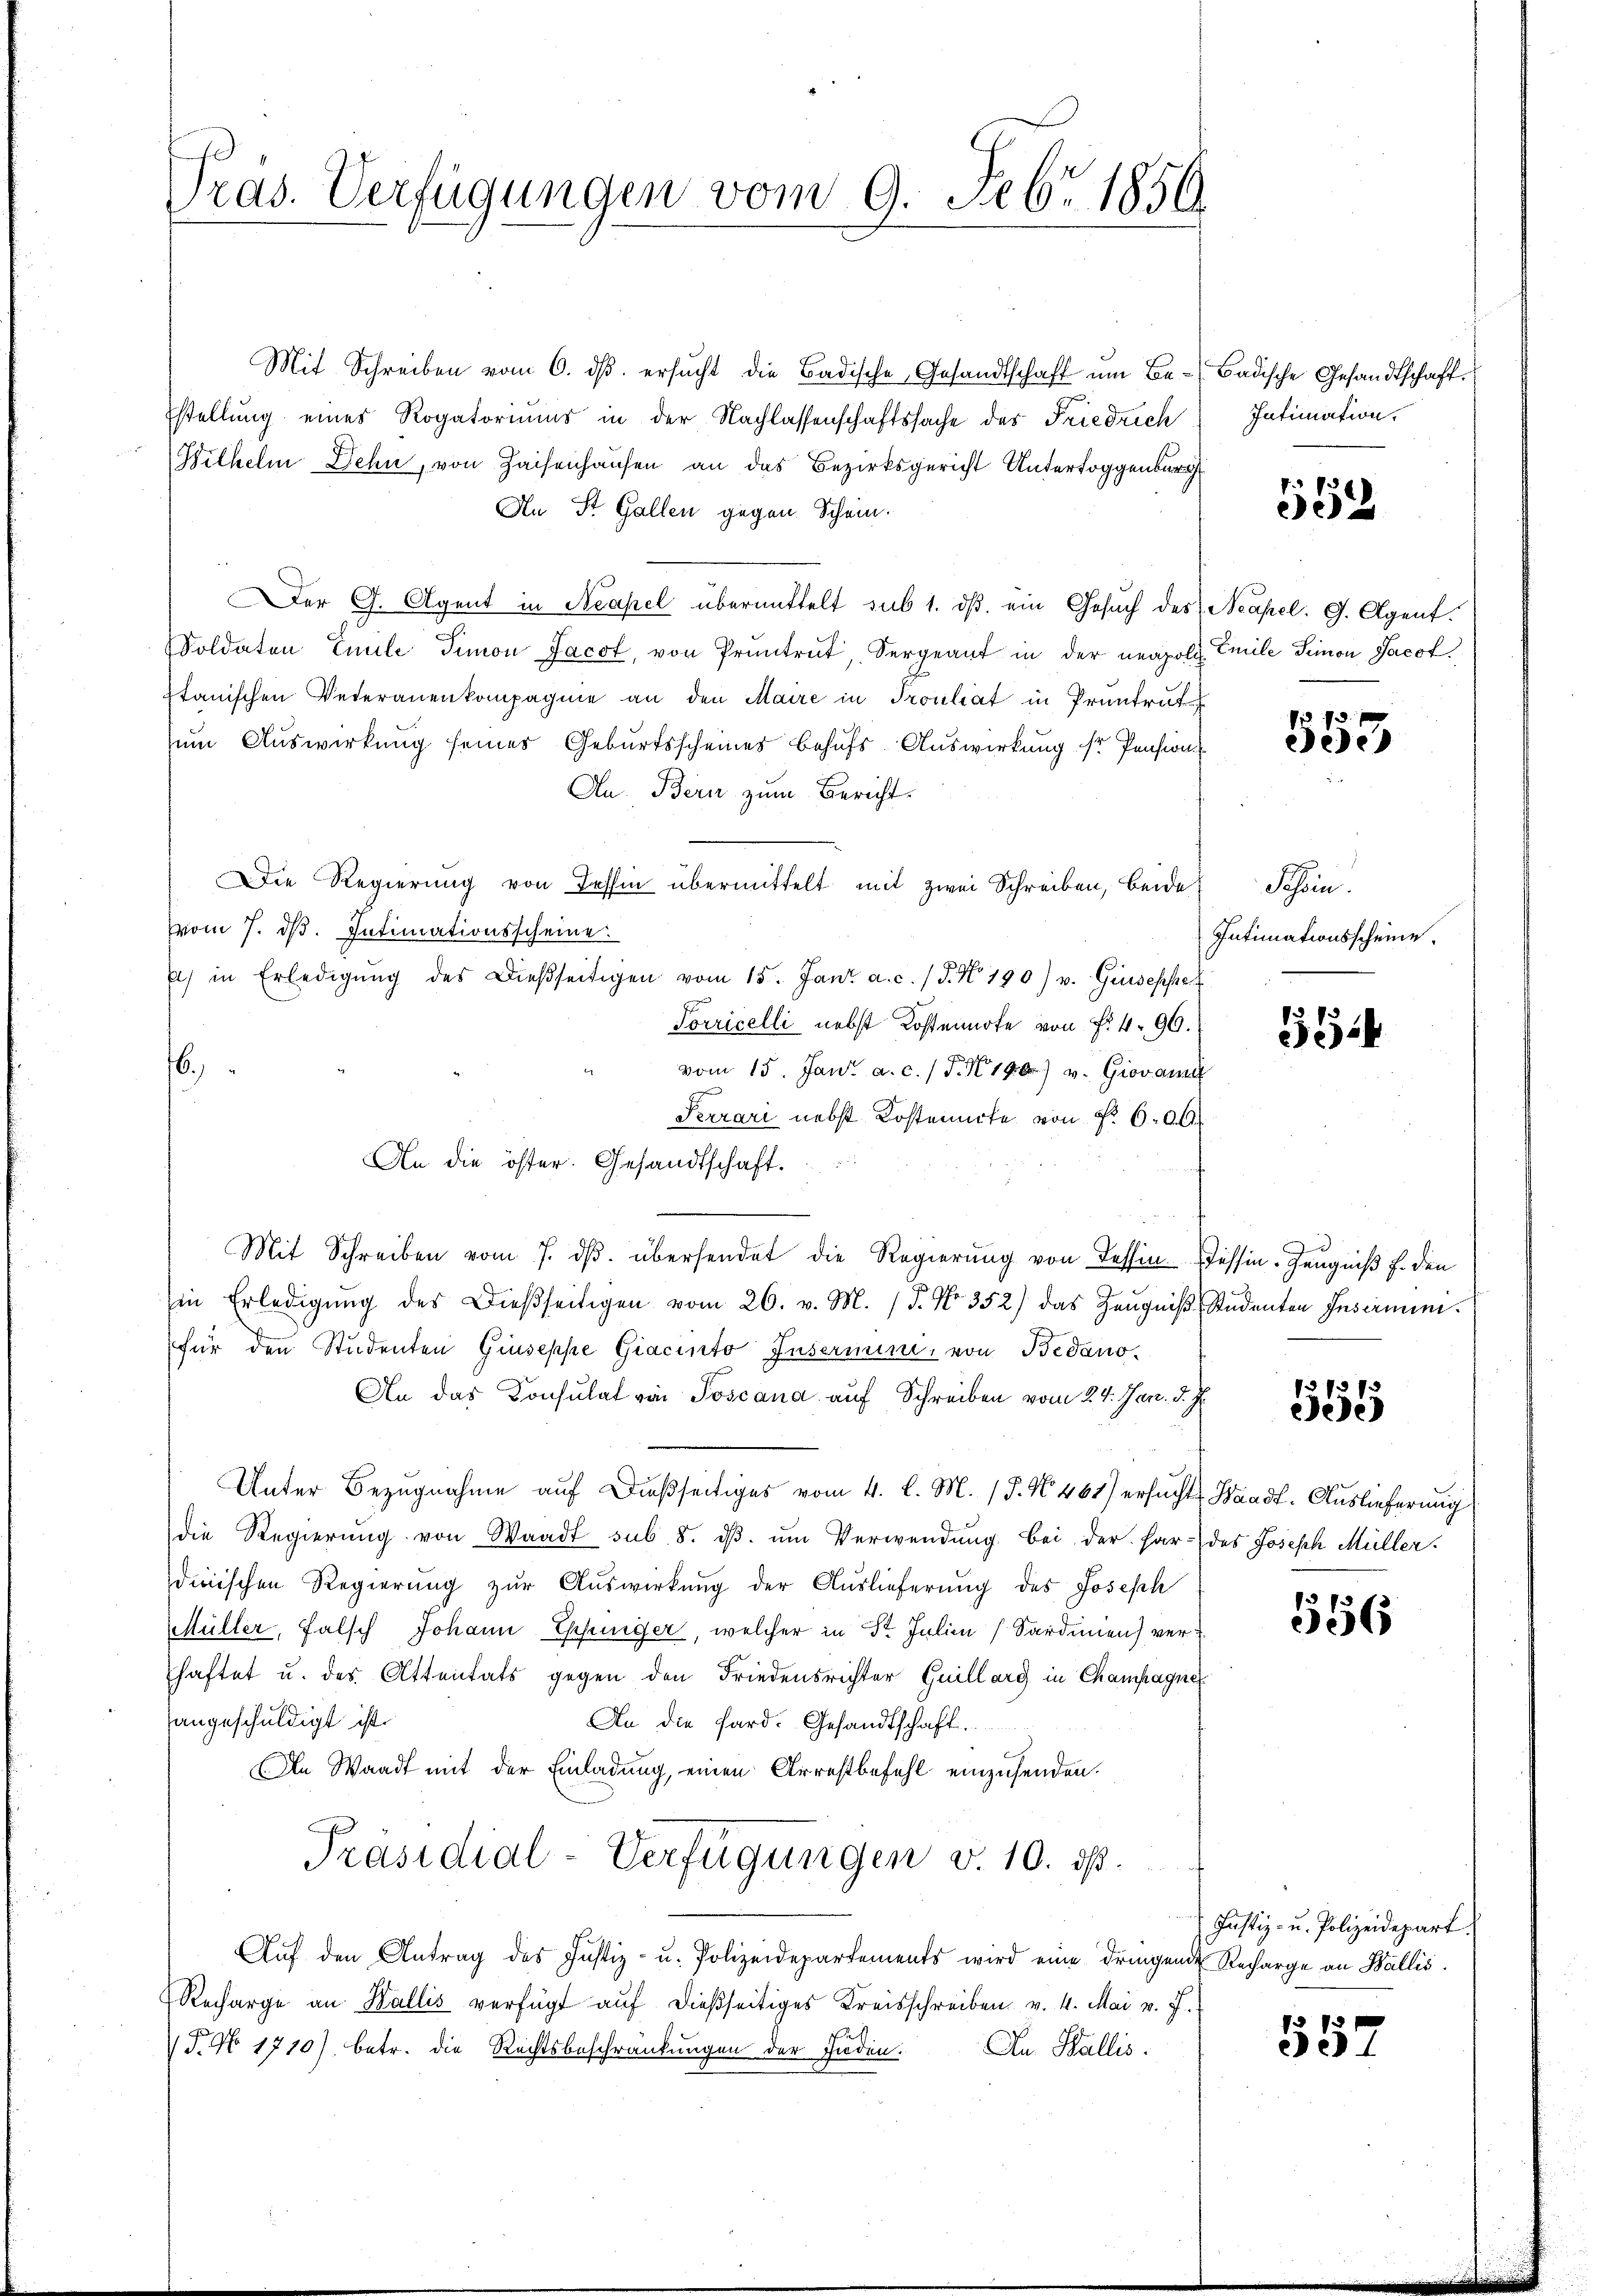
Pras. Verfügungen vom 9. Febr. 1856.

Mit Schreiben vom 6. ds. ersucht die Badische Gesandtschaft um Bestellung eines Rogatoriums in der Nachlassenschaftssache des Friedrich
Hilhelm Dehn, von Zaisenhausen an das Bezirksgericht Untertoggenburg
An St. Gallen gegen Schein.
Der G. Agent in Neapel übermittelt sub 1. dβ ein Gesuch des Neapel. G. Agent.
Soldaten Emile Simon Jacot, von Pruntrut, Vergeant in der neapoll. Emile Simon Jacot
Itanischen Veteranenkompagnie an den Maire in Troulat in Pruntrut
zum Auswirkung seines Geburtsscheines behufs Auswirkung sr Pension
Au. Bern zum Bericht.
Die Regierung von Tessin übermittelt mit zwei Schreiben, beide
vom 7. ds. Intimationsscheine
el) in Erledigŭng des Dießseitigen vom 15. Jan. a. c. / 5. No 190) v. Ginsesse
Porricelli nebst Kostennote von f. 496.
6.)
" vom 15. Jan. a. c. (T. N. 190) u. Giovani
Perrari nebst Kostenirte von No 600.
Mit Schreiben vom 7. ds. übersendet die Regierung von Tessin Tessin-Zeugniß f. den
in Erledigŭng des Dießseitigen vom 26. v. M. / 5. No. 352) das Zeŭgniβ, Studenten Insernen.
für den Studenten Giuseppe Giacinto Insermini, von Bedano-
An das Consulat von Poscana auf Schreiben vom 24. Jan. d. J.
Unter Bezugnahme auf dießseitiges vom 4. l. M. (T. No. 461) ersucht Waadt, Auslieferung
die Regierung von Waadt sub. 8. dβ. ŭm Verwendung bei der har- des Joseph Müller.
dinischen Regierung zur Auswirkung der Auslieferung des Joseph
Müller, falsch Johann Eppinger, welcher in St. Julien (Sardinen) verhaftet u. des Attentats gegen den Friedensrichter Guillarg in Champagne
hangeschuldigt ist.
An die Hard. Gesandtschaft.
An Waadt mit der Einladung, einen Arrestbefehl einzusenden.
Präsidial-Verfügungen v. 10. ds.
Aŭf den Antrag des Justiz- u. Polizeidepartements wird eine dringende Recharge an Wallis.
Recharge an Wallis verfügt aŭf dießseitiges Kreisschreiben v. 4. Mai v. J.
T. No. 1710) betr. die Rechtsbeschränkungen der Enden. An Stallis.

An die öster. Gesandtschaft.

Badische Gesandtschaft
Intimation.

552

553

Schön.
Intimationsscheine.

334

37373
eede

556

Justiz- u. Polizeidepart

58